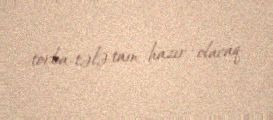
torba-tələ tam hazır olacaq.